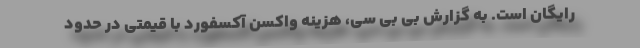
رایگان است. به گزارش بی بی سی، هزینه واکسن آکسفورد با قیمتی در حدود